Insane asylums in Bengal annual reports 1867-1875 - 1867-1875
Year: 1867
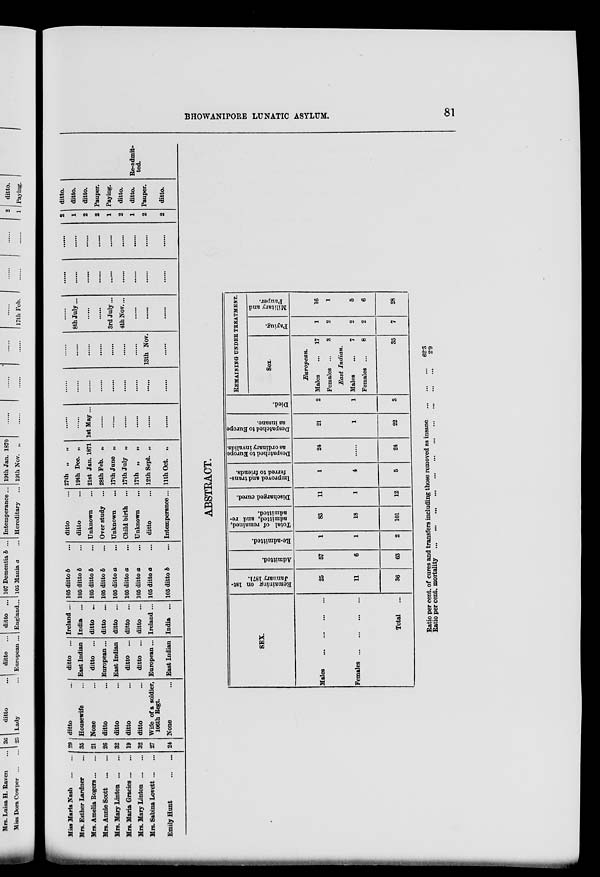
BROWANIPORE LUNATIC ASYLUM.
81
Miss Maria Nash
...
...
Mrs. Esther Lardner ...
Mrs. Amelia Sogers ... ...
Mrs. Annie Scott
...
...
Mrs. Mary Linton ... ...
Mrs. Maria Grades ... ...
Mrs. Mary Linton ... ...
Mrs. Sabina Lovett ... ...
Emily Hunt
...
...
29
35
21
26
32
19
32
27
24
ditto ...
Housewife ...
None ...
ditto ...
ditto ...
ditto ...
ditto ...
Wife of a soldier,
106th Regt.
None ...
ditto ...
East Indian
ditto ...
European ...
East Indian
ditto ...
ditto ...
European ...
East Indian
Ireland ...
India ...
ditto ...
ditto ...
ditto ...
ditto ...
ditto ...
Ireland ...
India ...
105 ditto b ...
105 ditto b ...
105 ditto b ...
105 ditto b ...
105 ditto a ...
105 ditto a ...
105 ditto a ...
105 ditto a ...
105 ditto b ...
ditto ...
ditto ...
Unknown ...
Over study ...
Unknown ...
Child birth ...
Unknown
...
ditto ...
Intemperance ...
27th „ „
19th Dec. „
21st Jan. 1871
28th Feb. „
17th June „
17th July „
17th „
„
12th Sept. „
11th Oct. „
......
......
1st May ...
......
......
......
......
......
......
......
......
......
......
......
......
......
......
......
......
......
......
......
......
......
......
13th Nov.
......
......
8th July...
......
......
3rd July ...
4th Nov....
......
......
......
......
......
......
......
......
......
......
......
......
......
......
......
......
......
......
......
......
......
2
1
2
2
1
2
1
2
2
ditto.
ditto.
ditto.
Pauper.
Paying.
ditto.
ditto.
Pauper.
ditto.
Re-admit-
ted.
ABSTRACT.
SEX.
Males
...
...
...
...
Females
...
...
...
...
Total ...
Remaining on 1st-
January 1871.
25
11
36
Admitted.
57
6
63
Re-admitted.
1
1
2
Total of remained,
admitted, and re-
admitted.
83
18
101
Discharged cured.
11
1
12
Improved and trans-
ferred to friends.
1
4
5
Despatched to Europe
as ordinary invalids.
24
......
24
Despatched to Europe
as insane.
21
1
22
Died.
2
1
3
REMAINING UNDER TREATMENT.
Sex.
European.
Males
...
Females ...
17
3
East Indian.
Males
...
Females ...
7
8
35
Paying.
1
2
2
2
7
Military and
Pauper.
16
1
5
6
28
Ratio per cent. of cures and transfers including those removed as insane
...
...
...
Ratio per cent. mortality ... ... ... ... ... ... ... ... ... ... ...
62.3
2.9